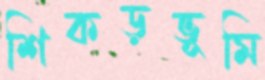
শিকড়ভূমি